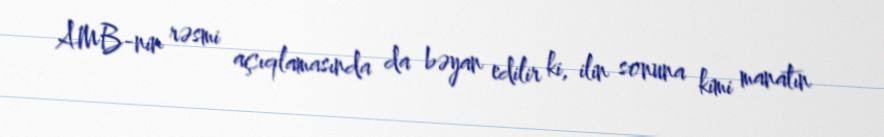
AMB-nin rəsmi açıqlamasında da bəyan edilir ki, ilin sonuna kimi manatın